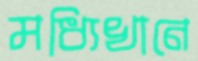
মধ্যিখানে